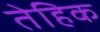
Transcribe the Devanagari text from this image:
तेहिक